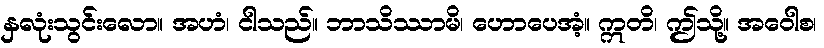
နှလုံးသွင်းလော။ အဟံ၊ ငါသည်။ ဘာသိဿာမိ၊ ဟောပေအံ့။ ဣတိ၊ ဤသို့။ အဝေါစ၊